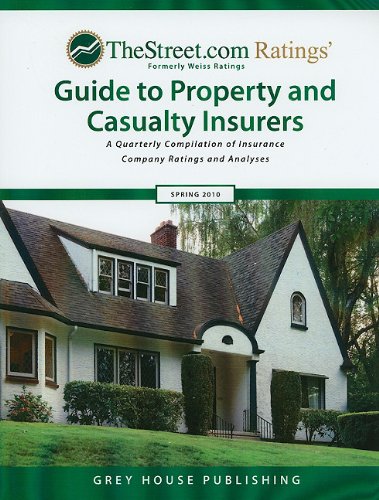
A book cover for TheStreet.com Ratings Guide to Property and Casualty Insurers: A Quarterly Compilation of Insurance Company Ratings and Analyses (Weiss Ratings Guide to Property & Casualty Insurers); Business & Money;